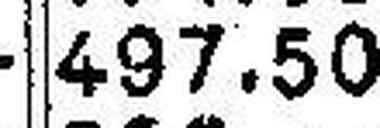
497.50